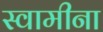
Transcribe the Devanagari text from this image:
स्वामीना